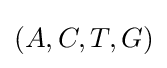
(A,C,T,G)